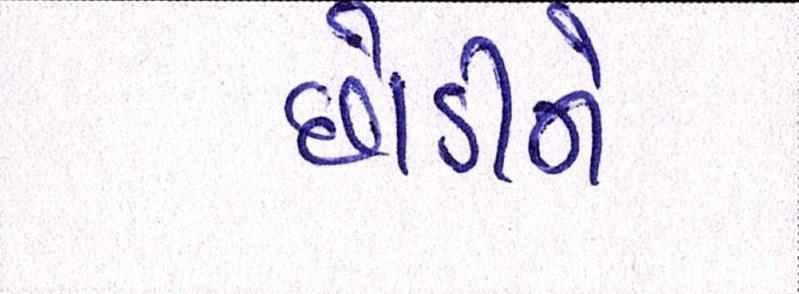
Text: છોડીને